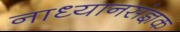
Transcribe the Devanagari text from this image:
नाध्यानसंज्ञक